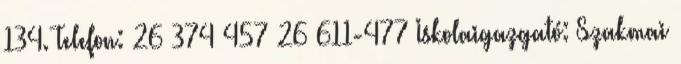
134. Telefon: 26 374 457 26 611-477 Iskolaigazgató: Szakmai